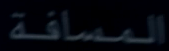
المسافة